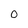
Character: O